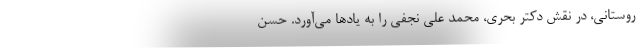
روستانی، در نقش دکتر بحری، محمد علی نجفی را به یادها می‌آورد. حسن